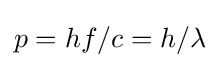
p=hf/c=h/\lambda \,\!